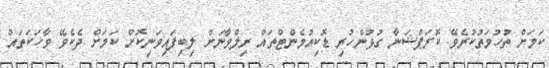
ކަމަށް ތުހުމަތުކުރެވޭ ކޮރަޕްޝަނާ ގުޅުންހުރި ޑޮކިއުމެންޓްތައް ރިލްވާނަށް ލިބިފައިވަނިކޮށް ކަމަށް ދެކެވޭ ވާހަކަތައް